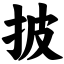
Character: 披